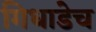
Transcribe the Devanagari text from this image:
गिधाडेच